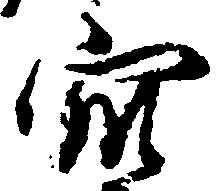
衆